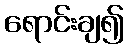
ရောင်းချ၍